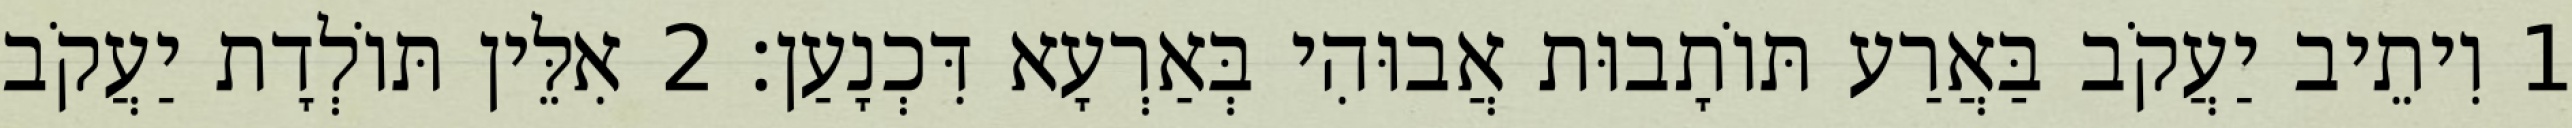
1 וִיתֵיב יַעֲקֹב בַּאֲרַע תּוֹתָבוּת אֲבוּהִי בְּאַרְעָא דִּכְנָעַן׃ 2 אִלֵּין תּוֹלְדָת יַעֲקֹב